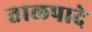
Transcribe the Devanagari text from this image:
तालपादे